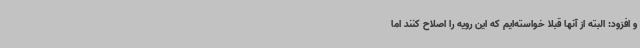
و افزود: البته از آنها قبلا خواسته‌ایم که این رویه را اصلاح کنند اما